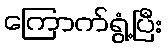
ကြောက်ရွံ့ပြီး